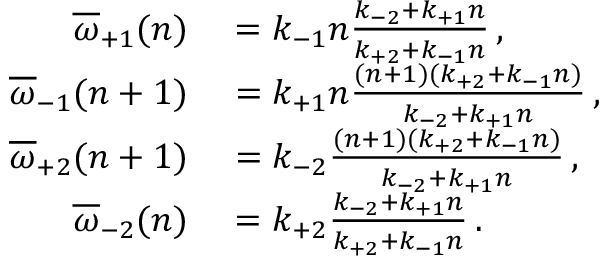
\begin{array} { r l } { \overline { { \omega } } _ { + 1 } ( n ) } & { { } = k _ { - 1 } n \frac { k _ { - 2 } + k _ { + 1 } n } { k _ { + 2 } + k _ { - 1 } n } \, , } \\ { \overline { { \omega } } _ { - 1 } ( n + 1 ) } & { { } = k _ { + 1 } n \frac { ( n + 1 ) ( k _ { + 2 } + k _ { - 1 } n ) } { k _ { - 2 } + k _ { + 1 } n } \, , } \\ { \overline { { \omega } } _ { + 2 } ( n + 1 ) } & { { } = k _ { - 2 } \frac { ( n + 1 ) ( k _ { + 2 } + k _ { - 1 } n ) } { k _ { - 2 } + k _ { + 1 } n } \, , } \\ { \overline { { \omega } } _ { - 2 } ( n ) } & { { } = k _ { + 2 } \frac { k _ { - 2 } + k _ { + 1 } n } { k _ { + 2 } + k _ { - 1 } n } \, . } \end{array}